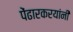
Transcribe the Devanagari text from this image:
पेंढारकरयांनी